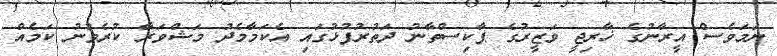
ނަމަވެސް އީރާނުގެ ޚާރިޖީ ވަޒީރުގެ ޕާކިސްތާނު ދަތުރުފުޅުގައި އެކަމާމެދު މަޝްވަރާ ކުރެވުނު ކަމެއް